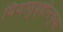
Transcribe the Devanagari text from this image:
घियासुद्दीनच्या